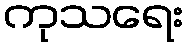
ကုသရေး